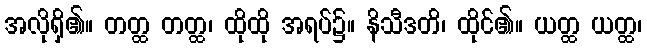
အလိုရှိ၏။ တတ္ထ တတ္ထ၊ ထိုထို အရပ်၌။ နိသီဒတိ၊ ထိုင်၏။ ယတ္ထ ယတ္ထ၊